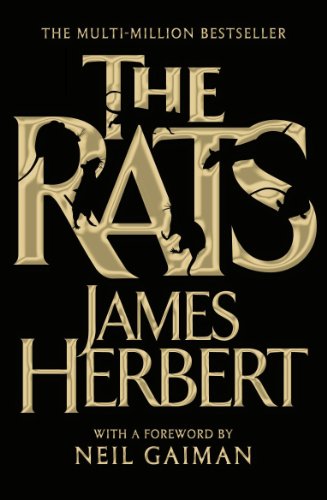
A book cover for The Rats; James Herbert; Literature & Fiction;